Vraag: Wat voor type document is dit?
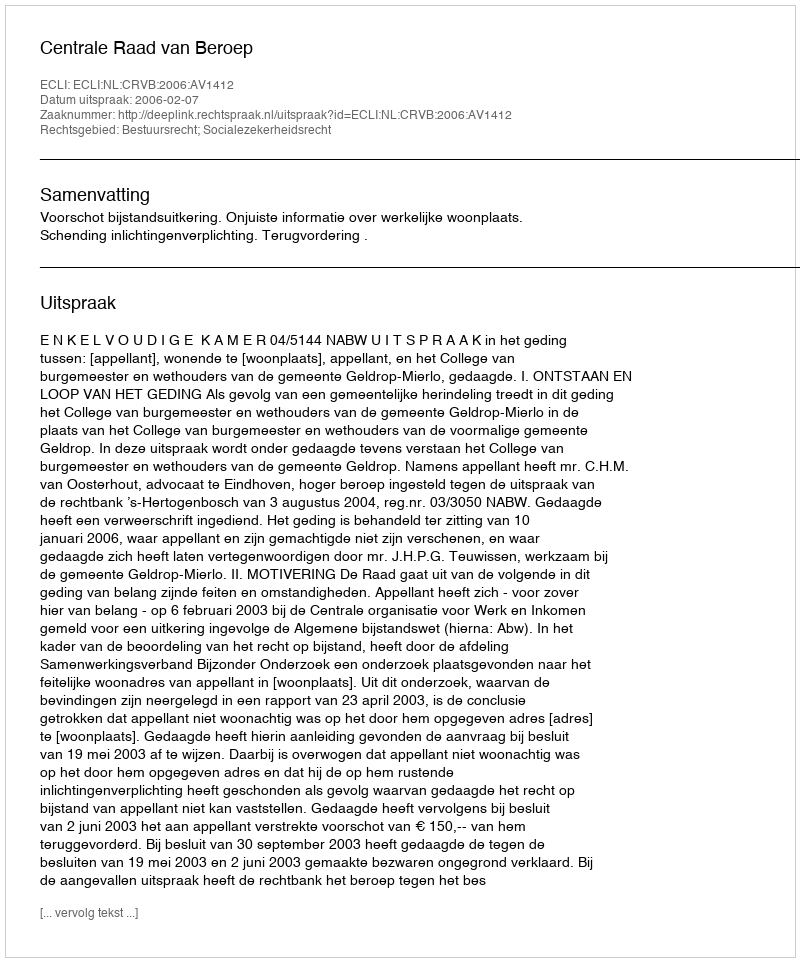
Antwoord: Uitspraak